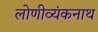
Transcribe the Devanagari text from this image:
लोणीव्यंकनाथ